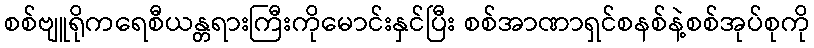
စစ်ဗျူရိုကရေစီယန္တရားကြီးကိုမောင်းနှင်ပြီး စစ်အာဏာရှင်စနစ်နဲ့စစ်အုပ်စုကို